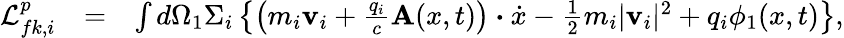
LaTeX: \begin{array}{rlr}{\mathcal{L}_{fk,i}^{p}}&{=}&{\int d\Omega_{1}\Sigma_{i}\left\{ \left(m_{i}\textbf{v}_{i}+\frac{q_{i}}{c}\textbf{A}(x,t)\right)\boldsymbol{\boldsymbol{\cdot}}\dot{x}-\frac{1}{2}m_{i}|\textbf{v}_{i}|^{2}+q_{i}\phi_{1}(x,t)\right\} ,}\end{array}